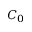
C _ { 0 }